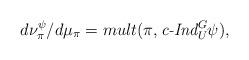
LaTeX: \begin{align*} d\nu_{\pi}^{\psi}/d\mu_{\pi} = mult(\pi, \textit{c-Ind}_{U}^{G}\psi),\end{align*}